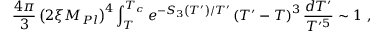
\frac { 4 \pi } { 3 } \left( 2 \xi M _ { P l } \right) ^ { 4 } \int _ { T } ^ { T _ { c } } e ^ { - S _ { 3 } \left( T ^ { \prime } \right) / T ^ { \prime } } \left( T ^ { \prime } - T \right) ^ { 3 } \frac { d T ^ { \prime } } { T ^ { \prime 5 } } \sim 1 \ ,